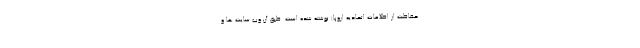
حفاظت از اطلاعات اتحادیه اروپا) نوشته شده است. طبق آن وب سایت ها و